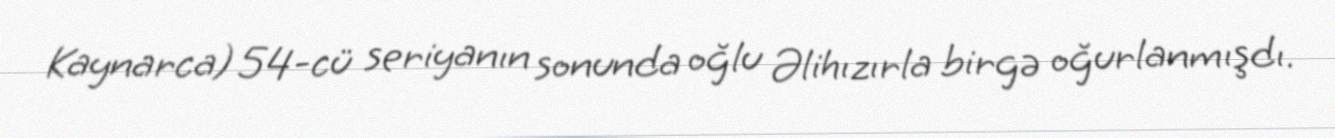
Kaynarca) 54-cü seriyanın sonunda oğlu Əlihızırla birgə oğurlanmışdı.